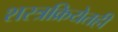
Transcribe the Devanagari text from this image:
शस्त्रक्रियेतही